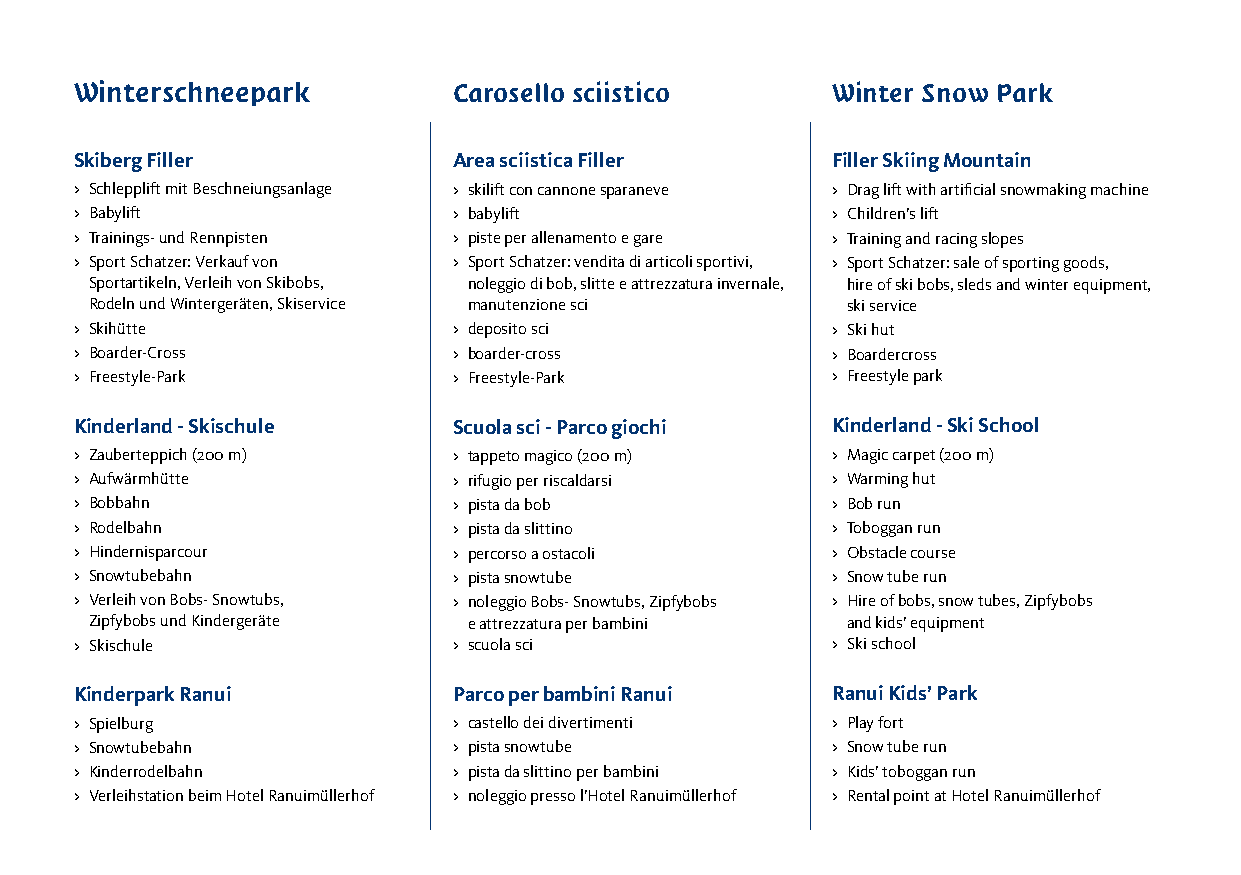
Winterschneepark         Carosello sciistico      Winter Snow Park
 Skiberg Filler           Area sciistica Filler    Filler Skiing Mountain
 > Schlepplift mit Beschneiungsanlage > skilift con cannone sparaneve > Drag lift with artificial snowmaking machine
 > Babylift               > babylift               > Children’s lift
 > Trainings- und Rennpisten > piste per allenamento e gare > Training and racing slopes
 > Sport Schatzer: Verkauf von > Sport Schatzer: vendita di articoli sportivi, > Sport Schatzer: sale of sporting goods,
 Sportartikeln, Verleih von Skibobs, noleggio di bob, slitte e attrezzatura invernale, hire of ski bobs, sleds and winter equipment,
 Rodeln und Wintergeräten, Skiservice manutenzione sci ski service
 > Skihütte               > deposito sci           > Ski hut
 > Boarder-Cross          > boarder-cross          > Boardercross
 > Freestyle-Park         > Freestyle-Park         > Freestyle park
 Kinderland - Skischule   Scuola sci - Parco giochi Kinderland - Ski School
 > Zauberteppich (200 m)  > tappeto magico (200 m) > Magic carpet (200 m)
 > Aufwärmhütte           > rifugio per riscaldarsi > Warming hut
 > Bobbahn                > pista da bob           > Bob run
 > Rodelbahn              > pista da slittino      > Toboggan run
 > Hindernisparcour       > percorso a ostacoli    > Obstacle course
 > Snowtubebahn           > pista snowtube         > Snow tube run
 > Verleih von Bobs- Snowtubs, > noleggio Bobs- Snowtubs, Zipfybobs > Hire of bobs, snow tubes, Zipfybobs
 Zipfybobs und Kindergeräte e attrezzatura per bambini and kids’ equipment
 > Skischule              > scuola sci             > Ski school
 Kinderpark Ranui         Parco per bambini Ranui  Ranui Kids’ Park
 > Spielburg              > castello dei divertimenti > Play fort
 > Snowtubebahn           > pista snowtube         > Snow tube run
 > Kinderrodelbahn        > pista da slittino per bambini > Kids’ toboggan run
 > Verleihstation beim Hotel Ranuimüllerhof > noleggio presso l’Hotel Ranuimüllerhof > Rental point at Hotel Ranuimüllerhof